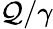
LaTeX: \mathcal{Q}/\gamma